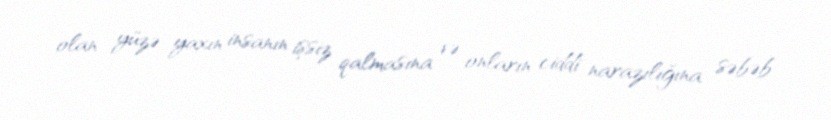
olan yüzə yaxın insanın işsiz qalmasına və onların ciddi narazılığına səbəb